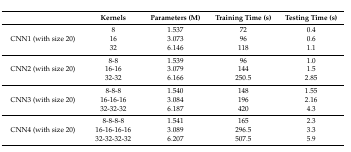
|  | Kernels | Parameters (M) | Training Time (s) | Testing Time (s) |
 | --- | --- | --- | --- | --- |
 | <ROWSPAN=3> CNN1 (with size 20) | 8 | 1.537 | 72 | 0.4 |
 | 16 | 3.073 | 96 | 0.6 |
 | 32 | 6.146 | 118 | 1.1 |
 | <ROWSPAN=3> CNN2 (with size 20) | 8-8 | 1.539 | 96 | 1.0 |
 | 16-16 | 3.079 | 144 | 1.5 |
 | 32-32 | 6.166 | 250.5 | 2.85 |
 | <ROWSPAN=3> CNN3 (with size 20) | 8-8-8 | 1.540 | 148 | 1.55 |
 | 16-16-16 | 3.084 | 196 | 2.16 |
 | 32-32-32 | 6.187 | 420 | 4.3 |
 | <ROWSPAN=3> CNN4 (with size 20) | 8-8-8-8 | 1.541 | 165 | 2.3 |
 | 16-16-16-16 | 3.089 | 296.5 | 3.3 |
 | 32-32-32-32 | 6.207 | 507.5 | 5.9 |